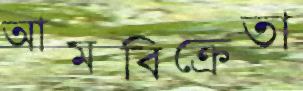
আমবিক্রেতা